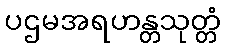
ပဌမအရဟန္တသုတ္တံ